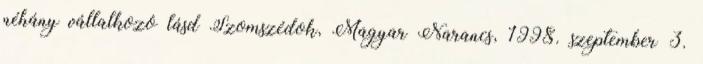
néhány vállalkozó lásd Szomszédok, Magyar Narancs, 1998. szeptember 3.